Plague in India, 1896, 1897 - Volume 3
Year: 1896
Disease focus: Plague
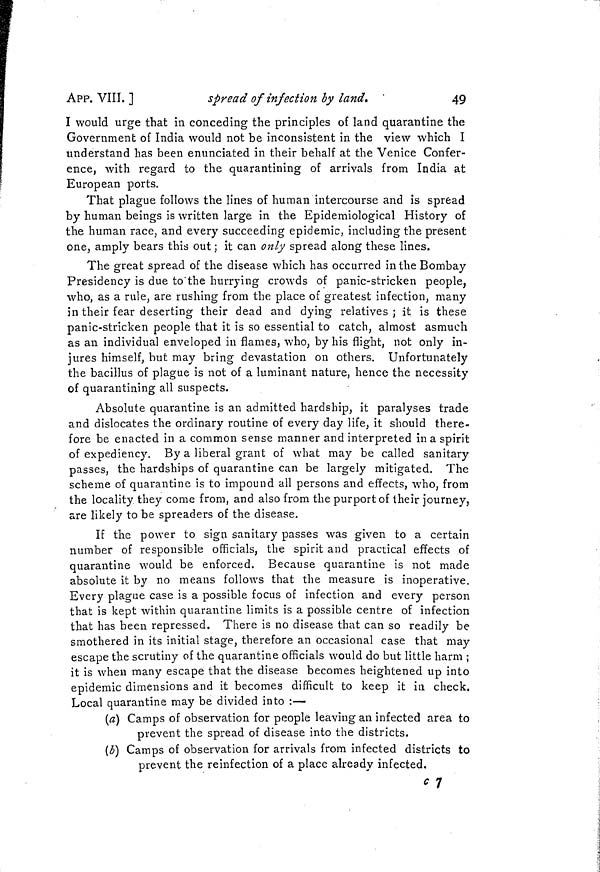
APP. VIII, ]
spread of infection by land
49
I would urge that in conceding the principles of land quarantine the
Government of India would not be inconsistent in the view which I
understand has been enunciated in their behalf at the Venice Confer-
ence, with regard to the quarantining of arrivals from India at
European ports.
That plague follows the lines of human intercourse and is spread
by human beings is written large in the Epidemiological History of
the human race, and every succeeding epidemic, including the present
one, amply bears this out ; it can only spread along these lines.
The great spread of the disease which has occurred in the Bombay
Presidency is due to the hurrying crowds of panic-stricken people,
who, as a rule, are rushing from the place of greatest infection, many
in their fear deserting their dead and dying relatives; it is these
panic-stricken people that it is so essential to catch, almost as much
as an individual enveloped in flames, who, by his flight, not only in-
jures himself, but may bring devastation on others. Unfortunately
the bacillus of plague is not of a luminant nature, hence the necessity
of quarantining all suspects.
Absolute quarantine is an admitted hardship, it paralyses trade
and dislocates the ordinary routine of every day life, it should there-
fore be enacted in a common sense manner and interpreted in a spirit
of expediency. By a liberal grant of what may be called sanitary
passes, the hardships of quarantine can be largely mitigated. The
scheme of quarantine is to impound all persons and effects, who, from
the locality they come from, and also from the purport of their journey,
are likely to be spreaders of the disease.
If the power to sign sanitary passes was given to a certain
number of responsible officials, the spirit and practical effects of
quarantine would be enforced. Because quarantine is not made
absolute it by no means follows that the measure is inoperative.
Every plague case is a possible focus of infection and every person
that is kept within quarantine limits is a possible centre of infection
that has been repressed. There is no disease that can so readily be
smothered in its initial stage, therefore an occasional case that may
escape the scrutiny of the quarantine officials would do but little harm ;
it is when many escape that the disease becomes heightened up into
epidemic dimensions and it becomes difficult to keep it in check.
Local quarantine may be divided into :—
(a) Camps of observation for people leaving an infected area to
prevent the spread of disease into the districts.
(b) Camps of observation for arrivals from infected districts to
prevent the reinfection of a place already infected.
c 7